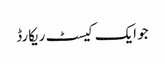
جو ایک کیسٹ ریکارڈ